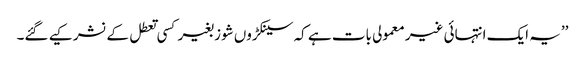
’’یہ ایک انتہائی غیر معمولی بات ہے کہ سینکڑوں شوز بغیر کسی تعطل کے نشر کیے گئے۔